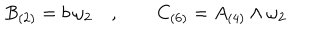
LaTeX: B _ { ( 2 ) } = b \, \omega _ { 2 } \quad , \qquad C _ { ( 6 ) } = A _ { ( 4 ) } \wedge \omega _ { 2 }